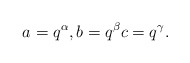
\begin{align*}a= q^{\alpha},b= q^{\beta}c= q^{\gamma}.\end{align*}